Epidemic dropsy in Calcutta - Number 45
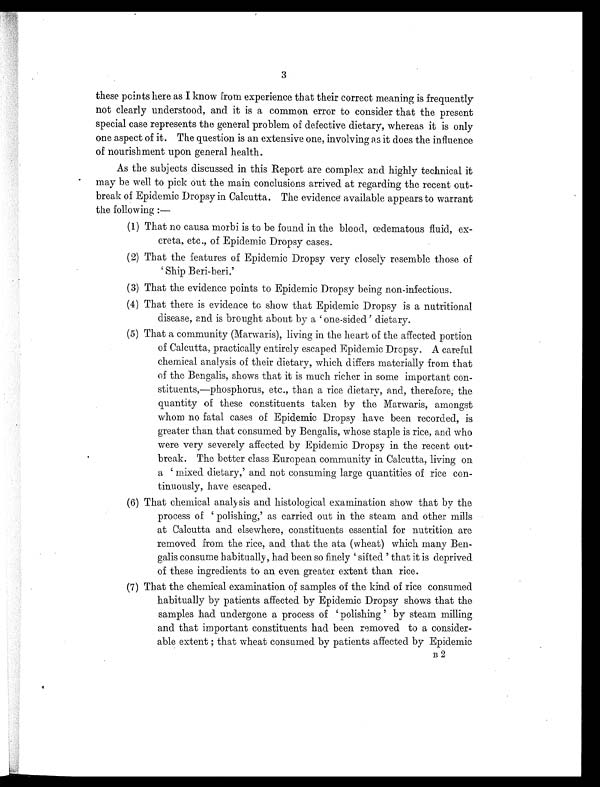
3
these points here as I know From experience that their correct meaning is frequently
not clearly understood, and it is a common error to consider that the present
special case represents the general problem of defective dietary, whereas it is only
one aspect of it. The question is an extensive one, involving as it does the influence
of nourishment upon general health.
As the subjects discussed in this Report are complex arid highly technical it
may be well to pick out the main conclusions arrived at regarding the recent out
break of Epidemic Dropsy in Calcutta. The evidence available appears to warrant
the following :
—
(1) That no causa morbi is to be found in the blood, œdematous fluid, ex
creta, etc., of Epidemic Dropsy cases.
(2) That the features of Epidemic Dropsy very closely resemble those of
'Ship Beri-beri.'
(3) That the evidence points to Epidemic Dropsy being non-infectious.
(4) That there is evidence to show that Epidemic Dropsy is a nutritional
disease, and is brought about by a 'one-sided' dietary.
(5) That a community (Marwaris), living in the heart of the affected portion
of Calcutta, practically entirely escaped Epidemic Dropsy. A careful
chemical analysis of their dietary, which differs materially from that
of the Bengalis, shows that it is much richer in some important con-
stituents,—phosphorus, etc., than a rice dietary, and, therefore, the
quantity of these constituents taken by the Marwaris, amongst
whom no fatal cases of Epidemic Dropsy have been recorded, is
greater than that consumed by Bengalis, whose staple is rice, and who
were very severely affected by Epidemic Dropsy in the recent out
break. The better class European community in Calcutta, living on
a 'mixed dietary,' and not consuming large quantities of rice con-
tinuously, have escaped.
(6) That chemical analysis and histological examination show that by the
process of 'polishing,' as carried out in the steam and other mills
at Calcutta and elsewhere, constituents essential for nutrition are
removed from the rice, and that the ata (wheat) which many Ben-
galis consume habitually, had been so finely 'sifted ' that it is deprived
of these ingredients to an even greater extent than rice.
(7) That the chemical examination of samples of the kind of rice consumed
habitually by patients affected by Epidemic Dropsy shows that the
samples had undergone a process of ' polishing ' by steam milling
and that important constituents had been removed to a consider-
able extent ; that wheat consumed by patients affected by Epidemic
B 2